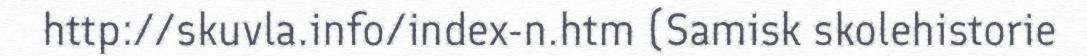
http://skuvla.info/index-n.htm (Samisk skolehistorie